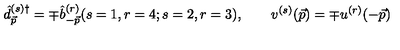
{ \hat { d } } _ { \vec { p } } ^ { ( s ) { \dag } } = \mp { \hat { b } } _ { - \vec { p } } ^ { ( r ) } ( s = 1 , r = 4 ; s = 2 , r = 3 ) , \qquad v ^ { ( s ) } ( \vec { p } ) = \mp u ^ { ( r ) } ( - \vec { p } )